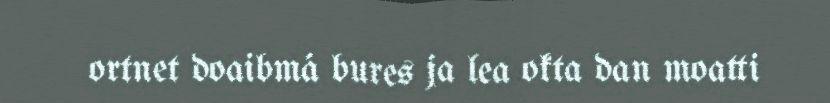
ortnet doaibmá bures ja lea okta dan moatti